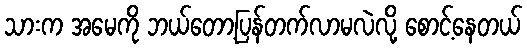
သားက အမေကို ဘယ်တော့ပြန်တက်လာမလဲလို့ စောင့်နေတယ်